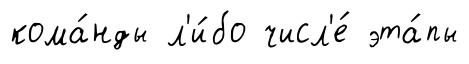
кома́нды л'и́бо числ'е́ эта́пы